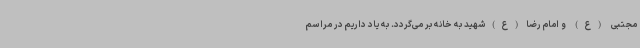
مجتبی (ع) و امام رضا(ع)شهید به خانه بر می‌گردد. به یاد داریم در مراسم